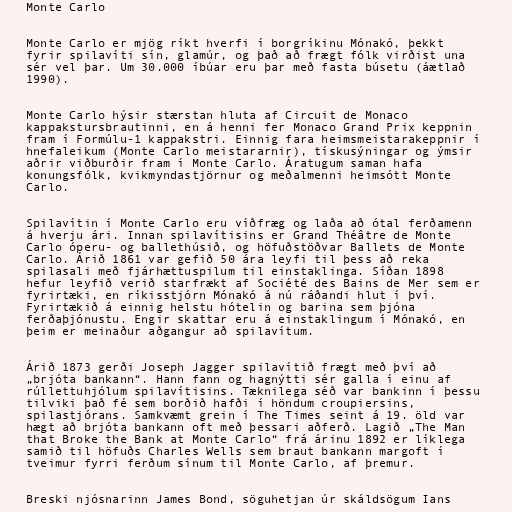
Monte Carlo

Monte Carlo er mjög ríkt hverfi í borgríkinu Mónakó, þekkt
fyrir spilavíti sín, glamúr, og það að frægt fólk virðist una
sér vel þar. Um 30.000 íbúar eru þar með fasta búsetu (áætlað
1990).

Monte Carlo hýsir stærstan hluta af Circuit de Monaco
kappakstursbrautinni, en á henni fer Monaco Grand Prix keppnin
fram í Formúlu-1 kappakstri. Einnig fara heimsmeistarakeppnir í
hnefaleikum (Monte Carlo meistararnir), tískusýningar og ýmsir
aðrir viðburðir fram í Monte Carlo. Áratugum saman hafa
konungsfólk, kvikmyndastjörnur og meðalmenni heimsótt Monte
Carlo.

Spilavítin í Monte Carlo eru víðfræg og laða að ótal ferðamenn
á hverju ári. Innan spilavítisins er Grand Théâtre de Monte
Carlo óperu- og ballethúsið, og höfuðstöðvar Ballets de Monte
Carlo. Árið 1861 var gefið 50 ára leyfi til þess að reka
spilasali með fjárhættuspilum til einstaklinga. Síðan 1898
hefur leyfið verið starfrækt af Société des Bains de Mer sem er
fyrirtæki, en ríkisstjórn Mónakó á nú ráðandi hlut í því.
Fyrirtækið á einnig helstu hótelin og barina sem þjóna
ferðaþjónustu. Engir skattar eru á einstaklingum í Mónakó, en
þeim er meinaður aðgangur að spilavítum.

Árið 1873 gerði Joseph Jagger spilavítið frægt með því að
„brjóta bankann“. Hann fann og hagnýtti sér galla í einu af
rúllettuhjólum spilavítisins. Tæknilega séð var bankinn í þessu
tilviki það fé sem borðið hafði í höndum croupiersins,
spilastjórans. Samkvæmt grein í The Times seint á 19. öld var
hægt að brjóta bankann oft með þessari aðferð. Lagið „The Man
that Broke the Bank at Monte Carlo“ frá árinu 1892 er líklega
samið til höfuðs Charles Wells sem braut bankann margoft í
tveimur fyrri ferðum sínum til Monte Carlo, af þremur.

Breski njósnarinn James Bond, söguhetjan úr skáldsögum Ians